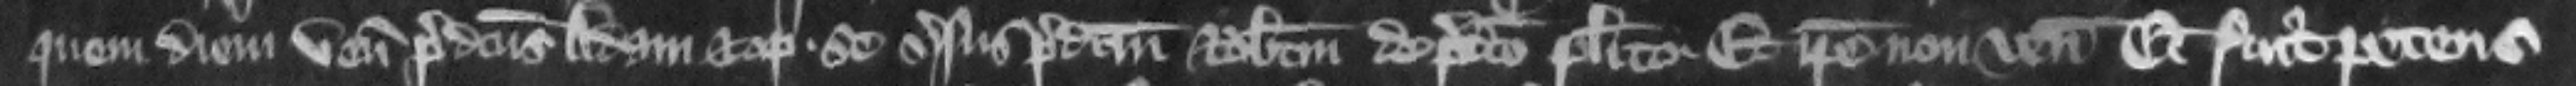
quem diem venit predictus Adam et optulit se versus predictum Robertum de predicto placito. Et ipse non venit. Et fuit petens.